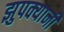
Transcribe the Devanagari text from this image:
झुपक्यानी